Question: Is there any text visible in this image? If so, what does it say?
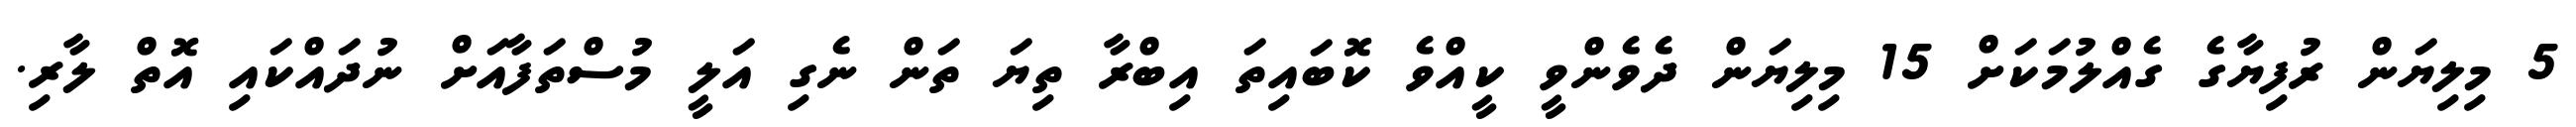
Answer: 5 މިލިޔަން ރުފިޔާގެ ގެއްލުމަކަށް 15 މިލިޔަން ދެވެންވީ ކީއްވެ ކޮބައިތަ އިބްރާ ތިޔަ ތަން ނެގި އަލީ މުސްތަފާއަށް ނުދައްކައި އޮތް ލާރި.